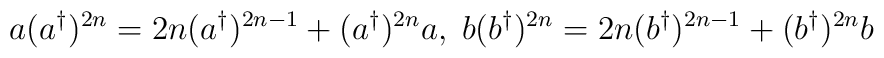
a(a^{\dagger })^{2n}=2n(a^{\dagger })^{2n-1}+(a^{\dagger})^{2n}a, \; b(b^{\dagger })^{2n}=2n(b^{\dagger })^{2n-1}+(b^{\dagger })^{2n}b